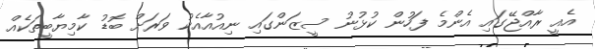
އެއީ ރާއްޖޭގައި އެންމެ ފަހުން ކުޅުނު ސީޒަންގައި ނިއުއާއެކު ވަރަށް ބޮޑު ކާމިޔާބީތަކެއް